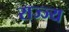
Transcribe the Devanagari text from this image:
राज्ज्य